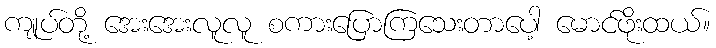
ကျုပ်တို့ အေးအေးလူလူ စကားပြောကြသေးတာပေါ့ မောင်ဖိုးထယ်။